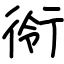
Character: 衑